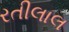
રતીલાલ